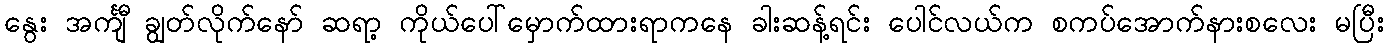
နွေး အင်္ကျီ ချွတ်လိုက်နော် ဆရာ့ ကိုယ်ပေါ်မှောက်ထားရာကနေ ခါးဆန့်ရင်း ပေါင်လယ်က စကပ်အောက်နားစလေး မပြီး